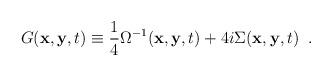
LaTeX: \begin{align*}G({\bf x},{\bf y},t)\equiv\frac{1}{4}\Omega^{-1}({\bf x},{\bf y},t)+4i\Sigma({\bf x},{\bf y},t) \;\;.\end{align*}